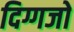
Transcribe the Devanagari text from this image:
दिग्गजो